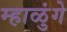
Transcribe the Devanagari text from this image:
म्हाळुंगे